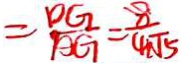
= \frac { D G } { A G } = \frac { 8 } { 4 \sqrt { 5 } }